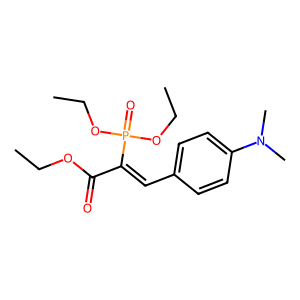
SMILES: CCOC(=O)C(=Cc1ccc(N(C)C)cc1)P(=O)(OCC)OCC
Inhibits HIV replication: No